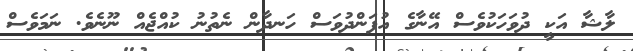
ލާޝާ އަކީ ދުވަހަކުވެސް އޭނާގެ އުފަންދުވަސް ހަނދާން ނެތުނު ކުއްޖެއް ނޫނެވެ. ނަމަވެސް